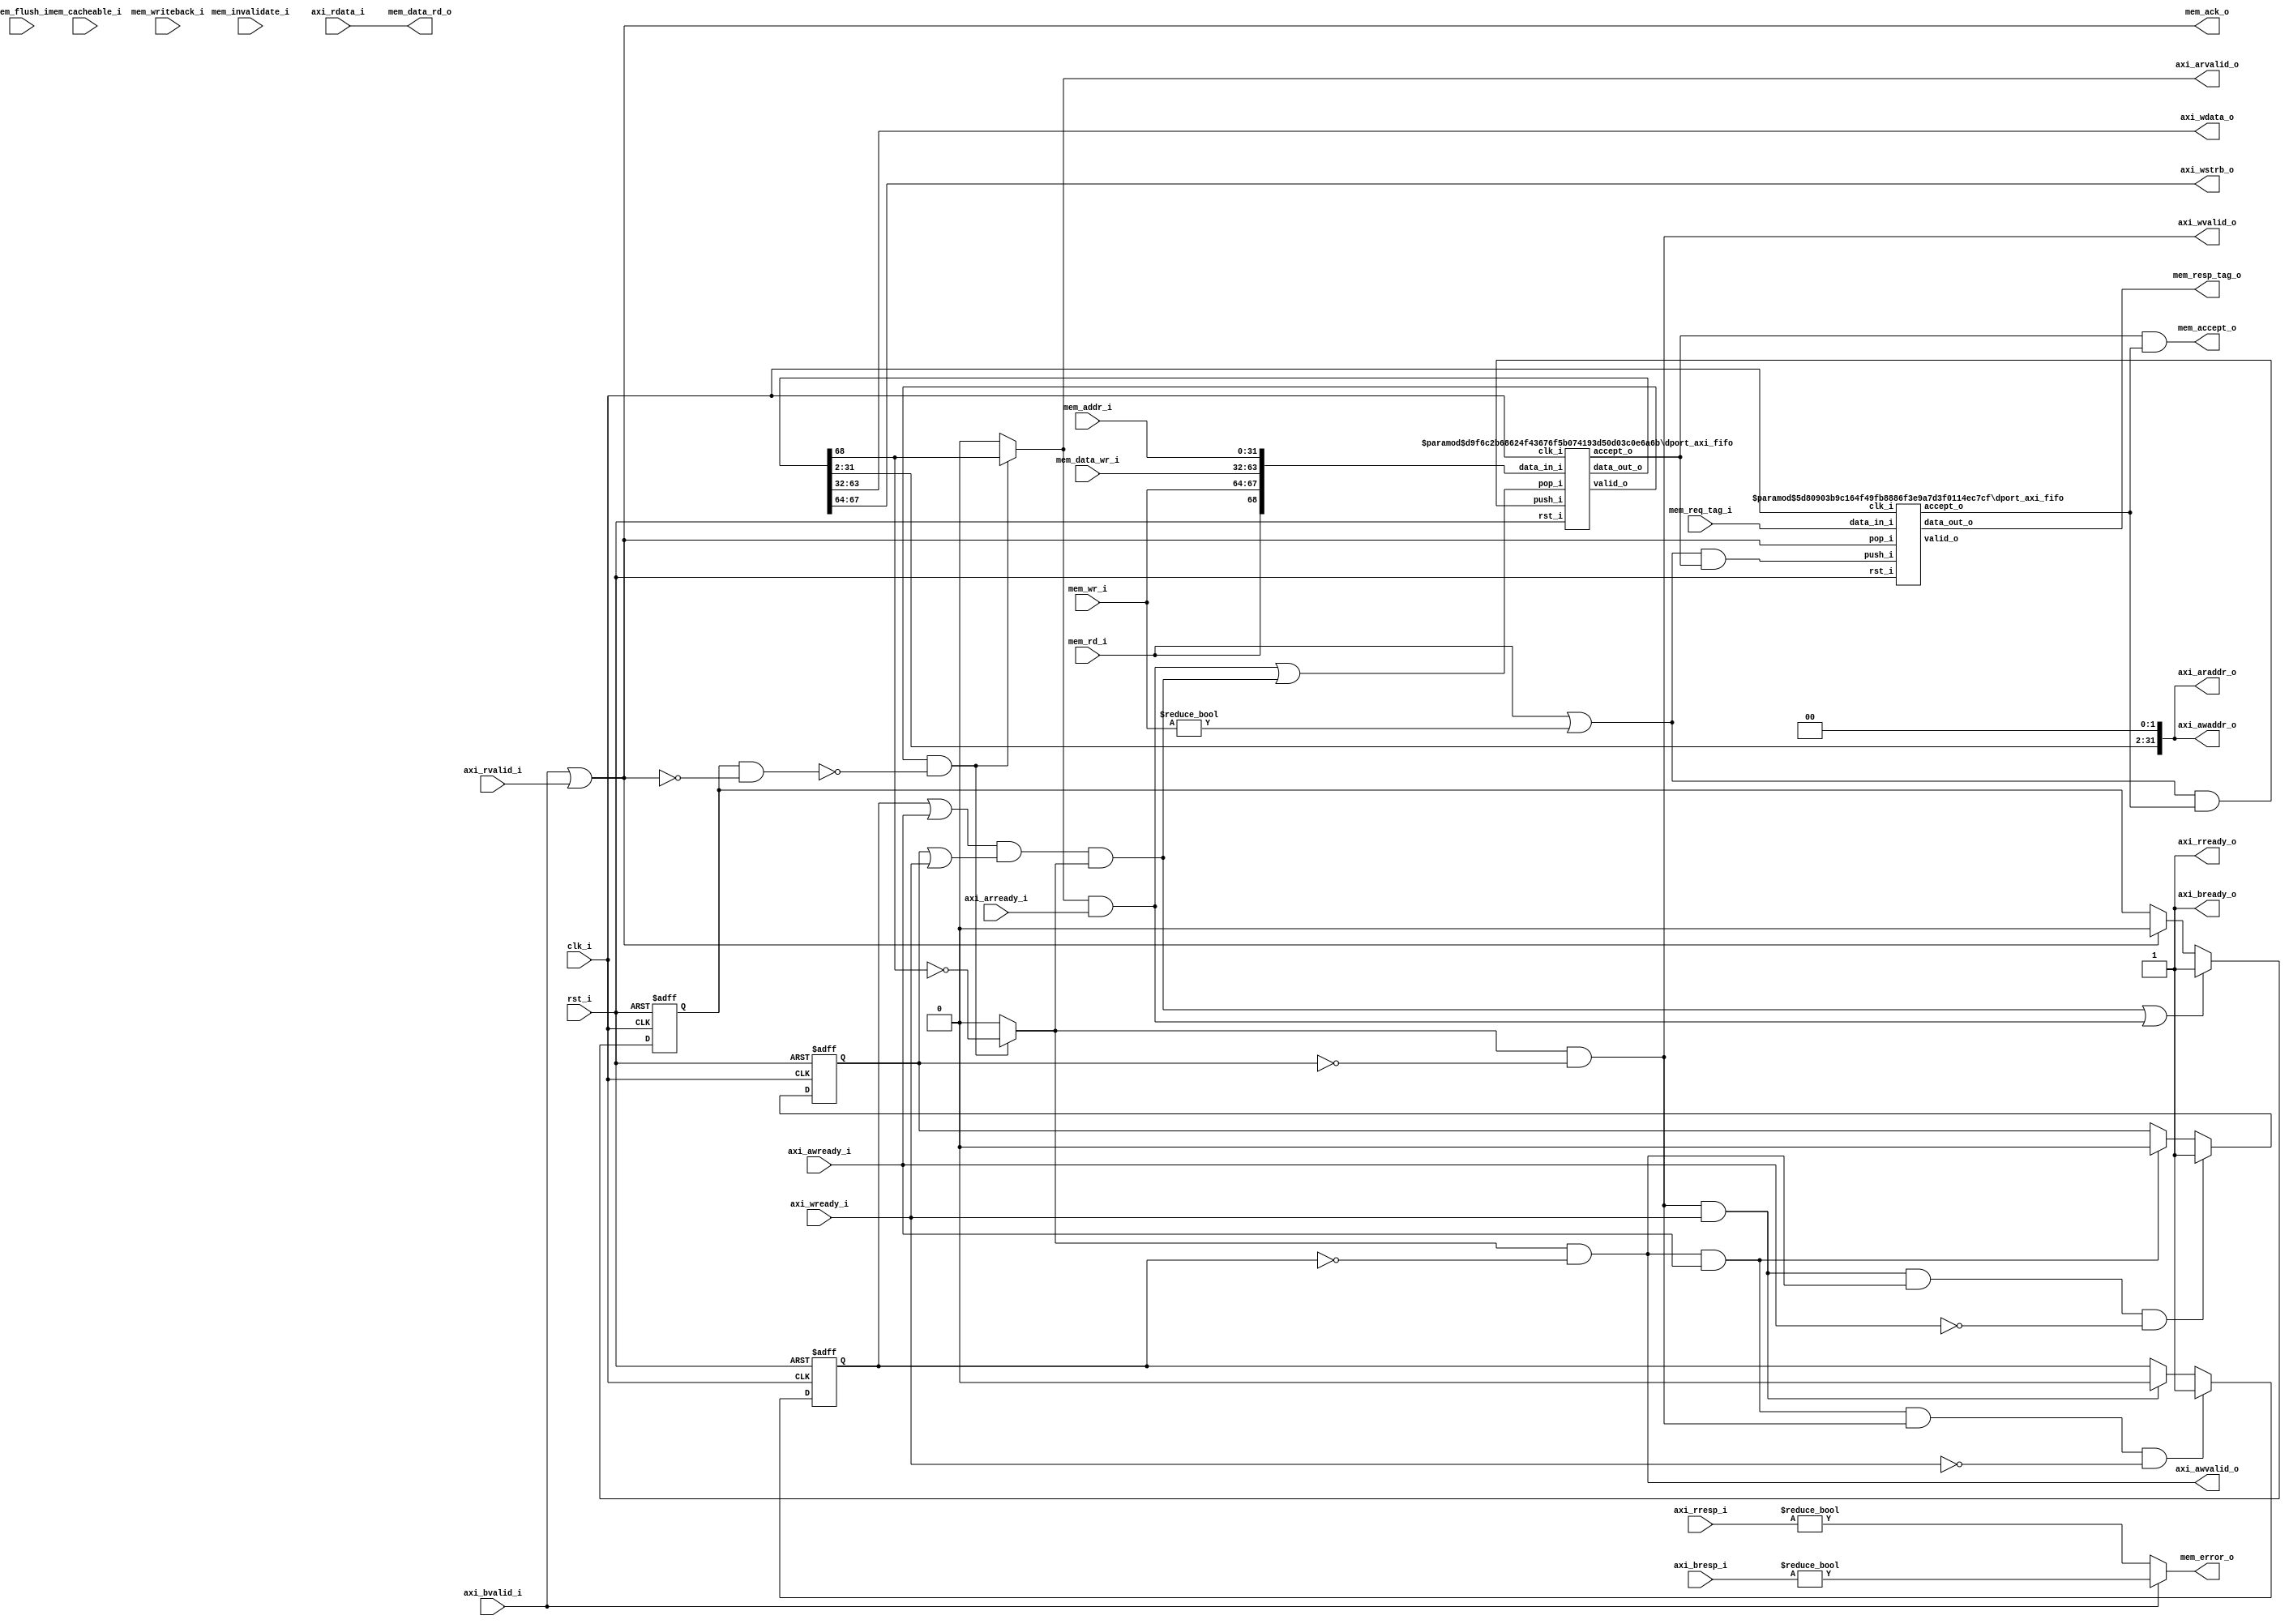
//-----------------------------------------------------------------
//                         biRISC-V CPU
//                            V0.6.0
//                     Ultra-Embedded.com
//                     Copyright 2019-2020
//
//                   admin@ultra-embedded.com
//
//                     License: Apache 2.0
//-----------------------------------------------------------------
// Copyright 2020 Ultra-Embedded.com
// 
// Licensed under the Apache License, Version 2.0 (the "License");
// you may not use this file except in compliance with the License.
// You may obtain a copy of the License at
// 
//     http://www.apache.org/licenses/LICENSE-2.0
// 
// Unless required by applicable law or agreed to in writing, software
// distributed under the License is distributed on an "AS IS" BASIS,
// WITHOUT WARRANTIES OR CONDITIONS OF ANY KIND, either express or implied.
// See the License for the specific language governing permissions and
// limitations under the License.
//-----------------------------------------------------------------

module dport_axi
(
    // Inputs
     input           clk_i
    ,input           rst_i
    ,input  [ 31:0]  mem_addr_i
    ,input  [ 31:0]  mem_data_wr_i
    ,input           mem_rd_i
    ,input  [  3:0]  mem_wr_i
    ,input           mem_cacheable_i
    ,input  [ 10:0]  mem_req_tag_i
    ,input           mem_invalidate_i
    ,input           mem_writeback_i
    ,input           mem_flush_i
    ,input           axi_awready_i
    ,input           axi_wready_i
    ,input           axi_bvalid_i
    ,input  [  1:0]  axi_bresp_i
    ,input           axi_arready_i
    ,input           axi_rvalid_i
    ,input  [ 31:0]  axi_rdata_i
    ,input  [  1:0]  axi_rresp_i

    // Outputs
    ,output [ 31:0]  mem_data_rd_o
    ,output          mem_accept_o
    ,output          mem_ack_o
    ,output          mem_error_o
    ,output [ 10:0]  mem_resp_tag_o
    ,output          axi_awvalid_o
    ,output [ 31:0]  axi_awaddr_o
    ,output          axi_wvalid_o
    ,output [ 31:0]  axi_wdata_o
    ,output [  3:0]  axi_wstrb_o
    ,output          axi_bready_o
    ,output          axi_arvalid_o
    ,output [ 31:0]  axi_araddr_o
    ,output          axi_rready_o
);





//-------------------------------------------------------------
// Description:
// Bridges between dcache_if -> AXI4/AXI4-Lite.
// Allows 1 outstanding transaction, but can buffer upto 
// REQUEST_BUFFER dache_if requests before back-pressuring.
//-------------------------------------------------------------

//-------------------------------------------------------------
// Request FIFO
//-------------------------------------------------------------
// Accepts from both FIFOs
wire          res_accept_w;
wire          req_accept_w;

// Output accept
wire          write_complete_w;
wire          read_complete_w;

reg           request_pending_q;

wire          req_pop_w   = read_complete_w | write_complete_w;
wire          req_valid_w;
wire [69-1:0] req_w;

// Push on transaction and other FIFO not full
wire          req_push_w   = (mem_rd_i || mem_wr_i != 4'b0) && res_accept_w;

dport_axi_fifo
#( 
    .WIDTH(32+32+4+1),
    .DEPTH(2),
    .ADDR_W(1)
)
u_req
(
    .clk_i(clk_i),
    .rst_i(rst_i),

    // Input side
    .data_in_i({mem_rd_i, mem_wr_i, mem_data_wr_i, mem_addr_i}),
    .push_i(req_push_w),
    .accept_o(req_accept_w),

    // Outputs
    .valid_o(req_valid_w),
    .data_out_o(req_w),
    .pop_i(req_pop_w)
);

assign mem_accept_o = req_accept_w & res_accept_w;

//-------------------------------------------------------------
// Response Tracking FIFO
//-------------------------------------------------------------
// Push on transaction and other FIFO not full
wire res_push_w = (mem_rd_i || mem_wr_i != 4'b0) && req_accept_w;

dport_axi_fifo
#( 
    .WIDTH(11),
    .DEPTH(2),
    .ADDR_W(1)
)
u_resp
(
    .clk_i(clk_i),
    .rst_i(rst_i),

    // Input side
    .data_in_i(mem_req_tag_i),
    .push_i(res_push_w),
    .accept_o(res_accept_w),

    // Outputs
    .valid_o(), // UNUSED
    .data_out_o(mem_resp_tag_o),
    .pop_i(mem_ack_o)
);

assign mem_ack_o   = axi_bvalid_i || axi_rvalid_i;
assign mem_error_o = axi_bvalid_i ? (axi_bresp_i != 2'b0) : (axi_rresp_i != 2'b0);

wire request_in_progress_w = request_pending_q & !mem_ack_o;

//-------------------------------------------------------------
// Write Request
//-------------------------------------------------------------
wire req_is_read_w  = ((req_valid_w & !request_in_progress_w) ? req_w[68] : 1'b0);
wire req_is_write_w = ((req_valid_w & !request_in_progress_w) ? ~req_w[68] : 1'b0);

reg awvalid_inhibit_q;
reg wvalid_inhibit_q;

always @ (posedge clk_i or posedge rst_i)
if (rst_i)
    awvalid_inhibit_q <= 1'b0;
else if (axi_awvalid_o && axi_awready_i && axi_wvalid_o && !axi_wready_i)
    awvalid_inhibit_q <= 1'b1;
else if (axi_wvalid_o && axi_wready_i)
    awvalid_inhibit_q <= 1'b0;

always @ (posedge clk_i or posedge rst_i)
if (rst_i)
    wvalid_inhibit_q <= 1'b0;
else if (axi_wvalid_o && axi_wready_i && axi_awvalid_o && !axi_awready_i)
    wvalid_inhibit_q <= 1'b1;
else if (axi_awvalid_o && axi_awready_i)
    wvalid_inhibit_q <= 1'b0;

assign axi_awvalid_o = req_is_write_w && !awvalid_inhibit_q;
assign axi_awaddr_o  = {req_w[31:2], 2'b0};
assign axi_wvalid_o  = req_is_write_w && !wvalid_inhibit_q;
assign axi_wdata_o   = req_w[63:32];
assign axi_wstrb_o   = req_w[67:64];

assign axi_bready_o  = 1'b1;

assign write_complete_w = (awvalid_inhibit_q || axi_awready_i) &&
                          (wvalid_inhibit_q || axi_wready_i) && req_is_write_w;

//-------------------------------------------------------------
// Read Request
//-------------------------------------------------------------
assign axi_arvalid_o = req_is_read_w;
assign axi_araddr_o  = {req_w[31:2], 2'b0};

assign axi_rready_o  = 1'b1;

assign mem_data_rd_o = axi_rdata_i;

assign read_complete_w = axi_arvalid_o && axi_arready_i;

//-------------------------------------------------------------
// Outstanding Request Tracking
//-------------------------------------------------------------
always @ (posedge clk_i or posedge rst_i)
if (rst_i)
    request_pending_q <= 1'b0;
else if (write_complete_w || read_complete_w)
    request_pending_q <= 1'b1;
else if (mem_ack_o)
    request_pending_q <= 1'b0;

endmodule

//-----------------------------------------------------------------
// dport_axi_fifo: FIFO
//-----------------------------------------------------------------
module dport_axi_fifo
//-----------------------------------------------------------------
// Params
//-----------------------------------------------------------------
#(
    parameter WIDTH   = 8,
    parameter DEPTH   = 2,
    parameter ADDR_W  = 1
)
//-----------------------------------------------------------------
// Ports
//-----------------------------------------------------------------
(
    // Inputs
     input               clk_i
    ,input               rst_i
    ,input  [WIDTH-1:0]  data_in_i
    ,input               push_i
    ,input               pop_i

    // Outputs
    ,output [WIDTH-1:0]  data_out_o
    ,output              accept_o
    ,output              valid_o
);

//-----------------------------------------------------------------
// Local Params
//-----------------------------------------------------------------
localparam COUNT_W = ADDR_W + 1;

//-----------------------------------------------------------------
// Registers
//-----------------------------------------------------------------
reg [WIDTH-1:0]   ram_q[DEPTH-1:0];
reg [ADDR_W-1:0]  rd_ptr_q;
reg [ADDR_W-1:0]  wr_ptr_q;
reg [COUNT_W-1:0] count_q;

//-----------------------------------------------------------------
// Sequential
//-----------------------------------------------------------------
always @ (posedge clk_i or posedge rst_i)
if (rst_i)
begin
    count_q   <= {(COUNT_W) {1'b0}};
    rd_ptr_q  <= {(ADDR_W) {1'b0}};
    wr_ptr_q  <= {(ADDR_W) {1'b0}};
end
else
begin
    // Push
    if (push_i & accept_o)
    begin
        ram_q[wr_ptr_q] <= data_in_i;
        wr_ptr_q        <= wr_ptr_q + 1;
    end

    // Pop
    if (pop_i & valid_o)
        rd_ptr_q      <= rd_ptr_q + 1;

    // Count up
    if ((push_i & accept_o) & ~(pop_i & valid_o))
        count_q <= count_q + 1;
    // Count down
    else if (~(push_i & accept_o) & (pop_i & valid_o))
        count_q <= count_q - 1;
end

//-------------------------------------------------------------------
// Combinatorial
//-------------------------------------------------------------------
/* verilator lint_off WIDTH */
assign valid_o       = (count_q != 0);
assign accept_o      = (count_q != DEPTH);
/* verilator lint_on WIDTH */

assign data_out_o    = ram_q[rd_ptr_q];



endmodule